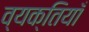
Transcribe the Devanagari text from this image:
व्यक्तियाँ